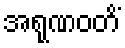
အရုဏဝတိံ